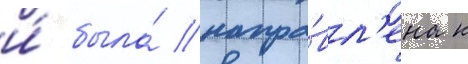
и́ была́ напра́вл'ена к